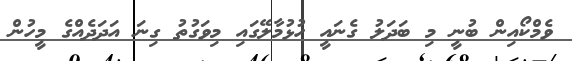
ވެމްކޯއިން ބުނީ މި ބަދަލު ގެނައީ ހުޅުމާލޭގައި މިވަގުތު ގިނަ އަދަދެއްގެ މީހުން